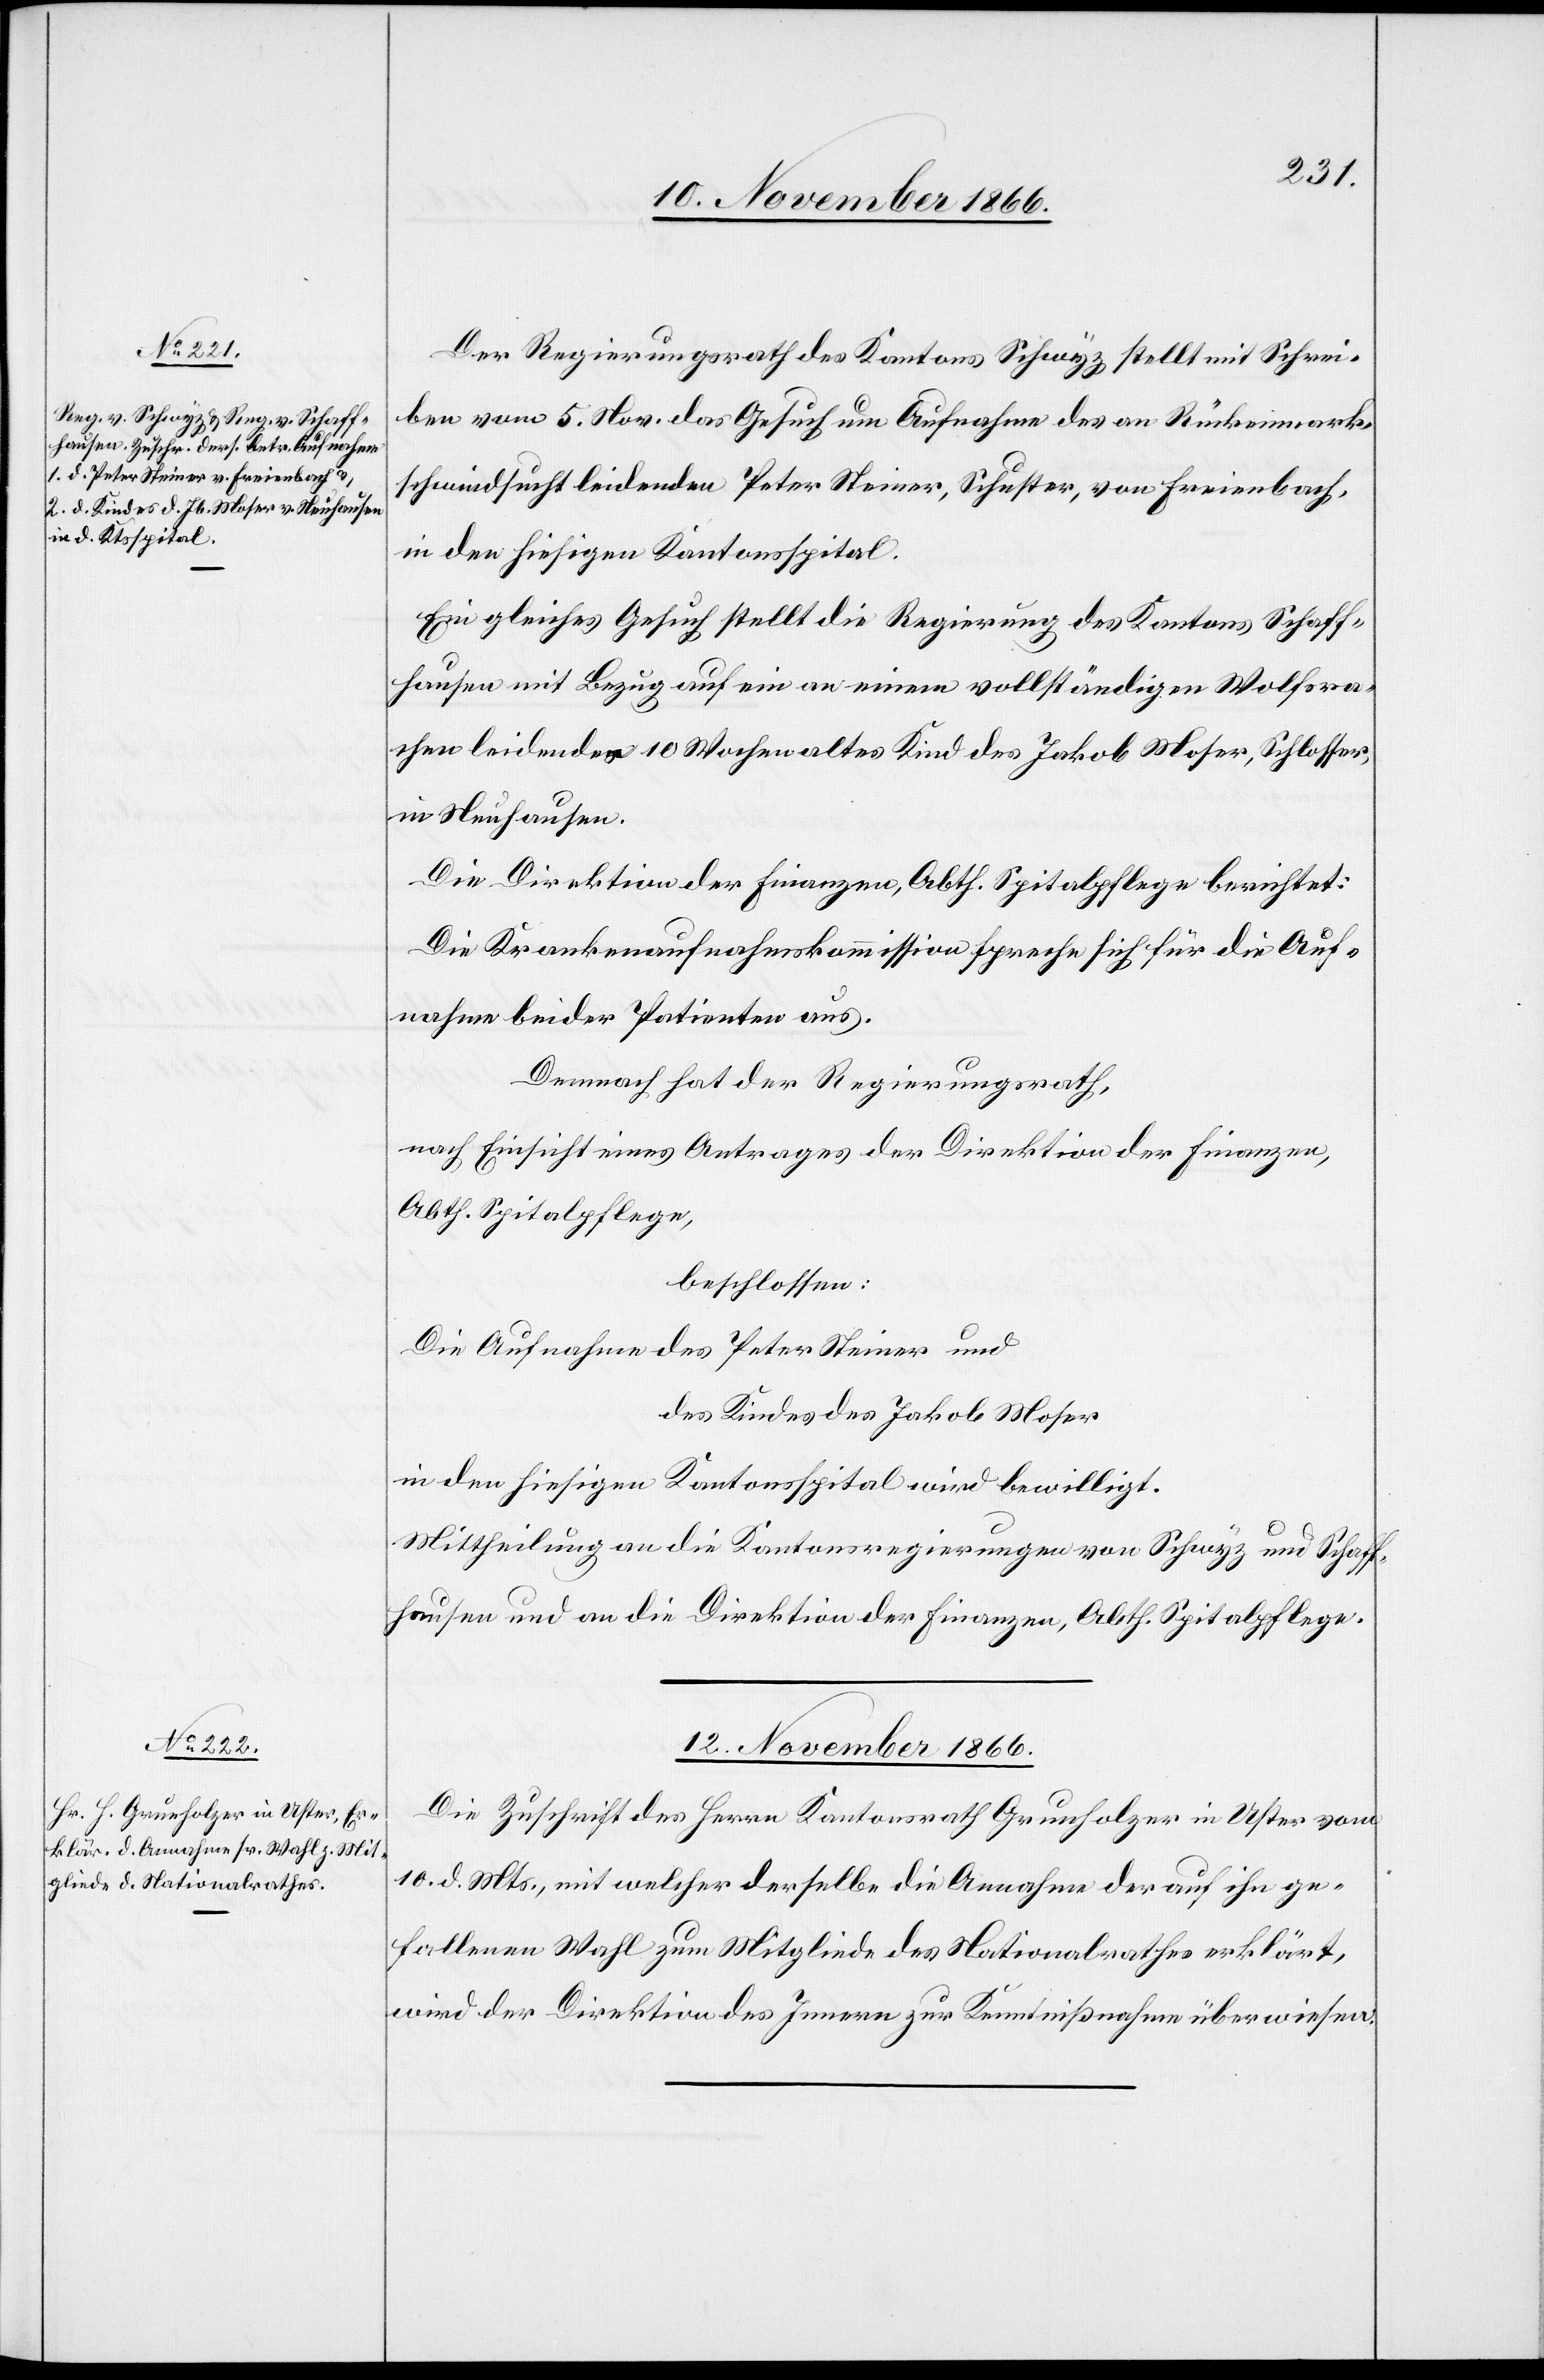
10. November 1866.]
Der Regierungsrath des Kantons Schwyz stellt mit Schrei¬
ben vom 5. Nov. das Gesuch um Aufnahme des an Rückenmark¬
schwindsucht leidenden Peter Steiner, Schuster, von Freienbach,
in den hiesigen Kantonsspital.
Ein gleiches Gesuch stellt die Regierung des Kantons Schaff¬
hausen mit Bezug auf ein an einem vollständigen Wolfsra¬
chen leidendes 10 Wochen altes Kind des Jakob Moser, Schlosser,
in Neuhausen.
Die Direktion der Finanzen, Abth. Spitalpflege, berichtet:
Die Krankenaufnahmskommission spreche sich für die Auf¬
nahme beider Patienten aus.
Demnach hat der Regierungsrath,
nach Einsicht eines Antrages der Direktion der Finanzen,
Abth. Spitalpflege,
beschlossen:
Die Aufnahme des Peter Steiner und
des Kindes des Jakob Moser
in den hiesigen Kantonsspital wird bewilligt.
Mittheilung an die Kantonsregierungen von Schwyz und Schaff¬
hausen und an die Direktion der Finanzen, Abth. Spitalpflege.
12. November 1866.
Die Zuschrift des Herrn Kantonsrath Grunholzer in Uster vom
10. d. Mts., mit welcher derselbe die Annahme der auf ihn ge¬
fallenen Wahl zum Mitgliede des Nationalrathes erklärt,
wird der Direktion des Innern zur Kenntnißnahme überwiesen.